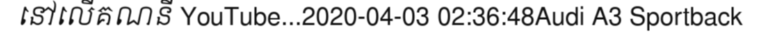
នៅលើគណនី YouTube...2020-04-03 02:36:48Audi A3 Sportback